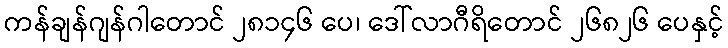
ကန်ချန်ဂျန်ဂါတောင် ၂၈၁၄၆ ပေ၊ ဒေါ်လာဂီရိတောင် ၂၆၈၂၆ ပေနှင့်